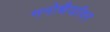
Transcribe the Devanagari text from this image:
मनोधैर्यावर